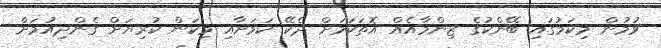
ވުމުން މިކަމުގައި ބޭންކުގެ ޒިންމާއެއް އޮތަކަމަށް ދެކޭ ކަމަށާއި މިކަން ކުރިޔަށް ގެންދިއުމަށް